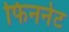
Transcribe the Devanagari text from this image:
फिननेट